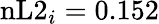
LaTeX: \mathrm{nL2}_{i}=0.152